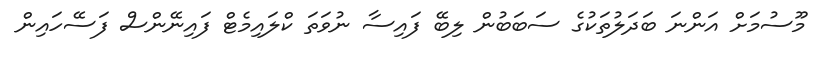
މޫސުމަށް އަންނަ ބަދަލުތަކުގެ ސަބަބުން ލިބޭ ފައިސާ ނުވަތަ ކްލައިމެޓް ފައިނޭންސް ފަސޭހައިން